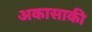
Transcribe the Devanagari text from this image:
अकासाकी